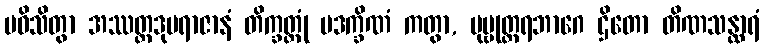
ပဝိသိတွာ အဿတ္ထဒုမရာဇာနံ တိက္ခတ္တုံ ပဒက္ခိဏံ ကတွာ, ပုဗ္ဗုတ္တရဘာဂေ ဌိတော တိဏသန္ထာရံ